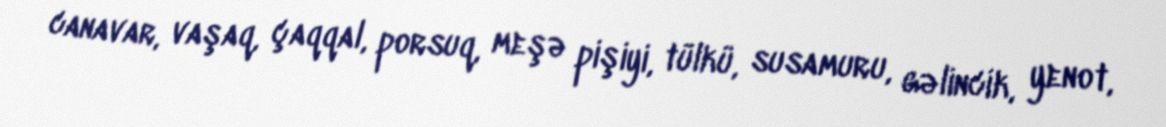
canavar, vaşaq, çaqqal, porsuq, meşə pişiyi, tülkü, susamuru, gəlincik, yenot,